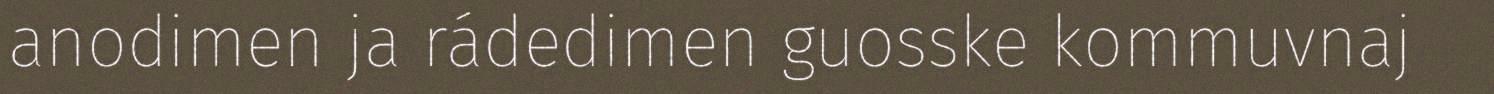
anodimen ja rádedimen guosske kommuvnaj